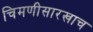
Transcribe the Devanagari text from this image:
चिमणीसारखाच